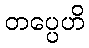
တပ္ပေဟိ